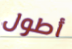
أطول